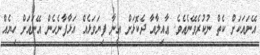
އޭނައަކަށް ކެތް ނުކުރެވޭނެއެވެ. ޢާއިލާއާ ދެކޮޅަށް އީނާ ފިޔަވަޅެއް އަޅާފާނެހެން އޭނައަށް ހިޔެއް